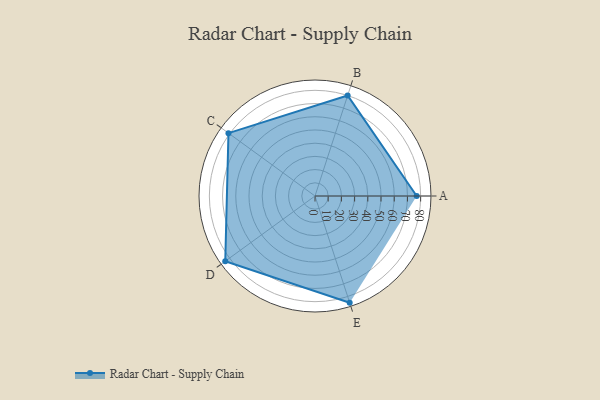
{"axis": {"x": "Skill", "y": "Score"}, "legend": ["Profile"], "data": [{"x": "A", "y": 77.0, "type": "Profile"}, {"x": "B", "y": 80.0, "type": "Profile"}, {"x": "C", "y": 81.0, "type": "Profile"}, {"x": "D", "y": 84.0, "type": "Profile"}, {"x": "E", "y": 85.0, "type": "Profile"}]}